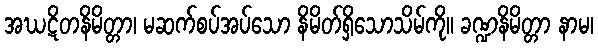
အဃဋိတနိမိတ္တာ၊ မဆက်စပ်အပ်သော နိမိတ်ရှိသောသိမ်ကို။ ခဏ္ဍနိမိတ္တာ နာမ၊